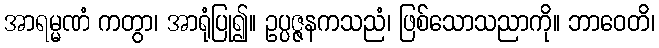
အာရမ္မဏံ ကတွာ၊ အာရုံပြု၍။ ဥပ္ပဇ္ဇနကသညံ၊ ဖြစ်သောသညာကို။ ဘာဝေတိ၊